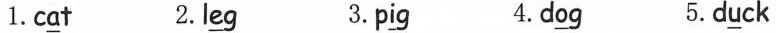
1.cat 2.leg 3.pig 4.dog 5.duck